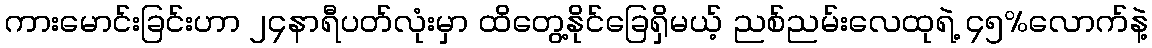
ကားမောင်းခြင်းဟာ ၂၄နာရီပတ်လုံးမှာ ထိတွေ့နိုင်ခြေရှိမယ့် ညစ်ညမ်းလေထုရဲ့ ၄၅%လောက်နဲ့